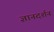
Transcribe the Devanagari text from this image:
ज्ञानदर्शन